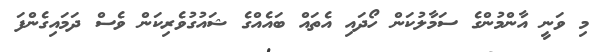
މި ވަނީ އާންމުންގެ ސަމާލުކަން ހޯދައި އެތައް ބައެއްގެ ޝައުގުވެރިކަން ވެސް ދަމައިގެންފަ